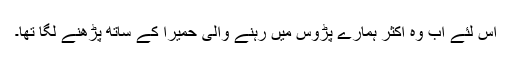
اس لئے اب وہ اکثر ہمارے پڑوس میں رہنے والی حمیرا کے ساتھ پڑھنے لگا تھا۔